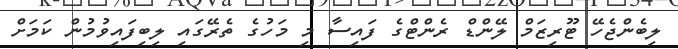
ލިބެންޖެހޭ ޓޫރިޒަމް ލޭންޑް ރެންޓްގެ ފައިސާ މި މަހުގެ ތެރޭގައި ލިބިފައިވުމުން ކަމަށް